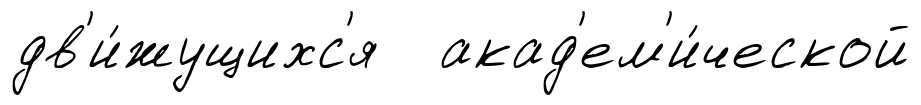
дв'и́жущихс'я акад'ем'и́ческой